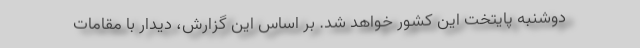
دوشنبه پایتخت این کشور خواهد شد. بر اساس این گزارش، دیدار با مقامات